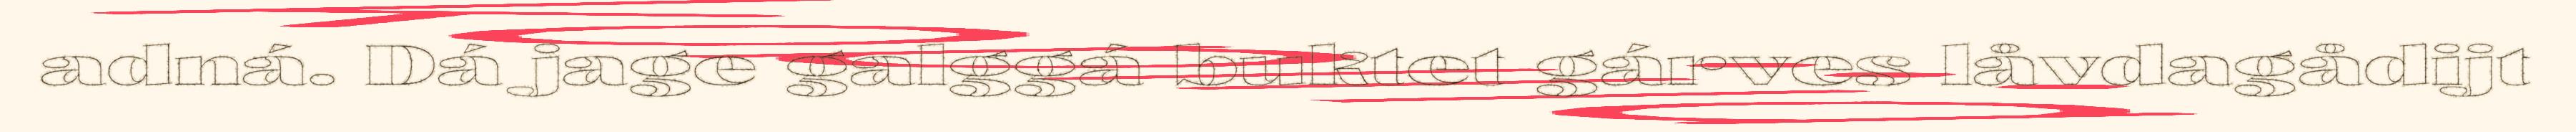
adná. Dá jage galggá buktet gárves låvdagådijt